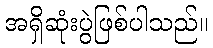
အရှိဆုံးပွဲဖြစ်ပါသည်။